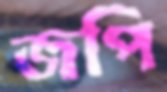
জপি